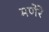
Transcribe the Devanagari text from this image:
मणेरे